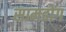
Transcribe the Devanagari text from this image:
सामडोंग